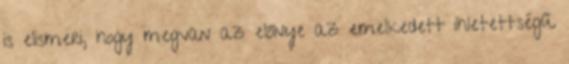
is elismeri, hogy megvan az előnye az emelkedett ihletettségű